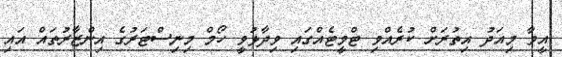
އީވާ މިއަދު އިތުރަށް ކުރެއްވި ޓްވީޓެއްގައި ވިދާޅުވީ ހޯމް މިނިސްޓަރުގެ އިންޒާރުތައް އައި